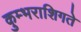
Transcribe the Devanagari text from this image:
कुम्भराशिगते